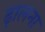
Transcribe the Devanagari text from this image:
ढ़ालना